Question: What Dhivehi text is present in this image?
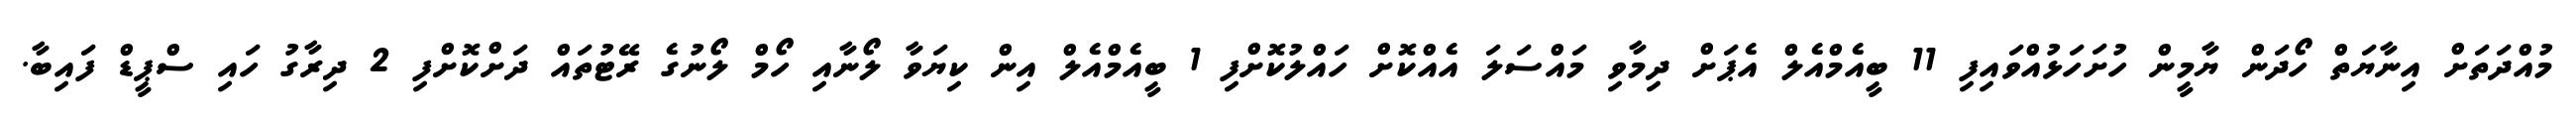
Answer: މުއްދަތަށް އިނާޔަތް ހޯދަން ޔާމީން ހުށަހަޅުއްވައިފި 11 ބީއެމްއެލް އެޕަށް ދިމާވި މައްސަލަ އެއްކޮށް ހައްލުކޮށްފި 1 ބީއެމްއެލް އިން ކިޔަވާ ލޯނާއި ހޯމް ލޯނުގެ ރޭޓުތައް ދަށްކޮށްފި 2 ދިރާގު ހައި ސްޕީޑް ފައިބާ.